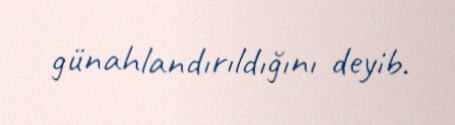
günahlandırıldığını deyib.